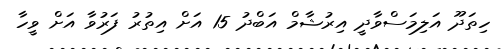
ހިތަދޫ އަލިމަސްވާދީ އިރުޝާމް އަބްދު 15 އަށް އިތުރު ފަރުވާ އަށް ވީހާ